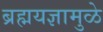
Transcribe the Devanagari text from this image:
ब्रह्मयज्ञामुळे